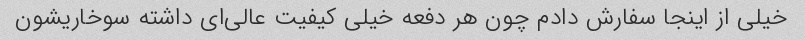
خیلی از اینجا سفارش دادم چون هر دفعه خیلی کیفیت عالی‌ای داشته سوخاریشون